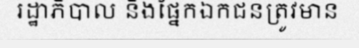
រដ្ឋាភិបាល និងផ្នែកឯកជនត្រូវមាន